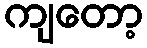
ကျတော့